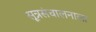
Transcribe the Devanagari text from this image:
सूत्रसंचालनाला